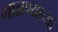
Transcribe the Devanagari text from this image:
गाळण्याच्या